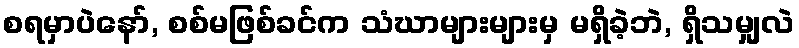
စရမှာပဲနော်, စစ်မဖြစ်ခင်က သံဃာများများမှ မရှိခဲ့ဘဲ, ရှိသမျှလဲ